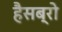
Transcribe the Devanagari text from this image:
हैसब्रो